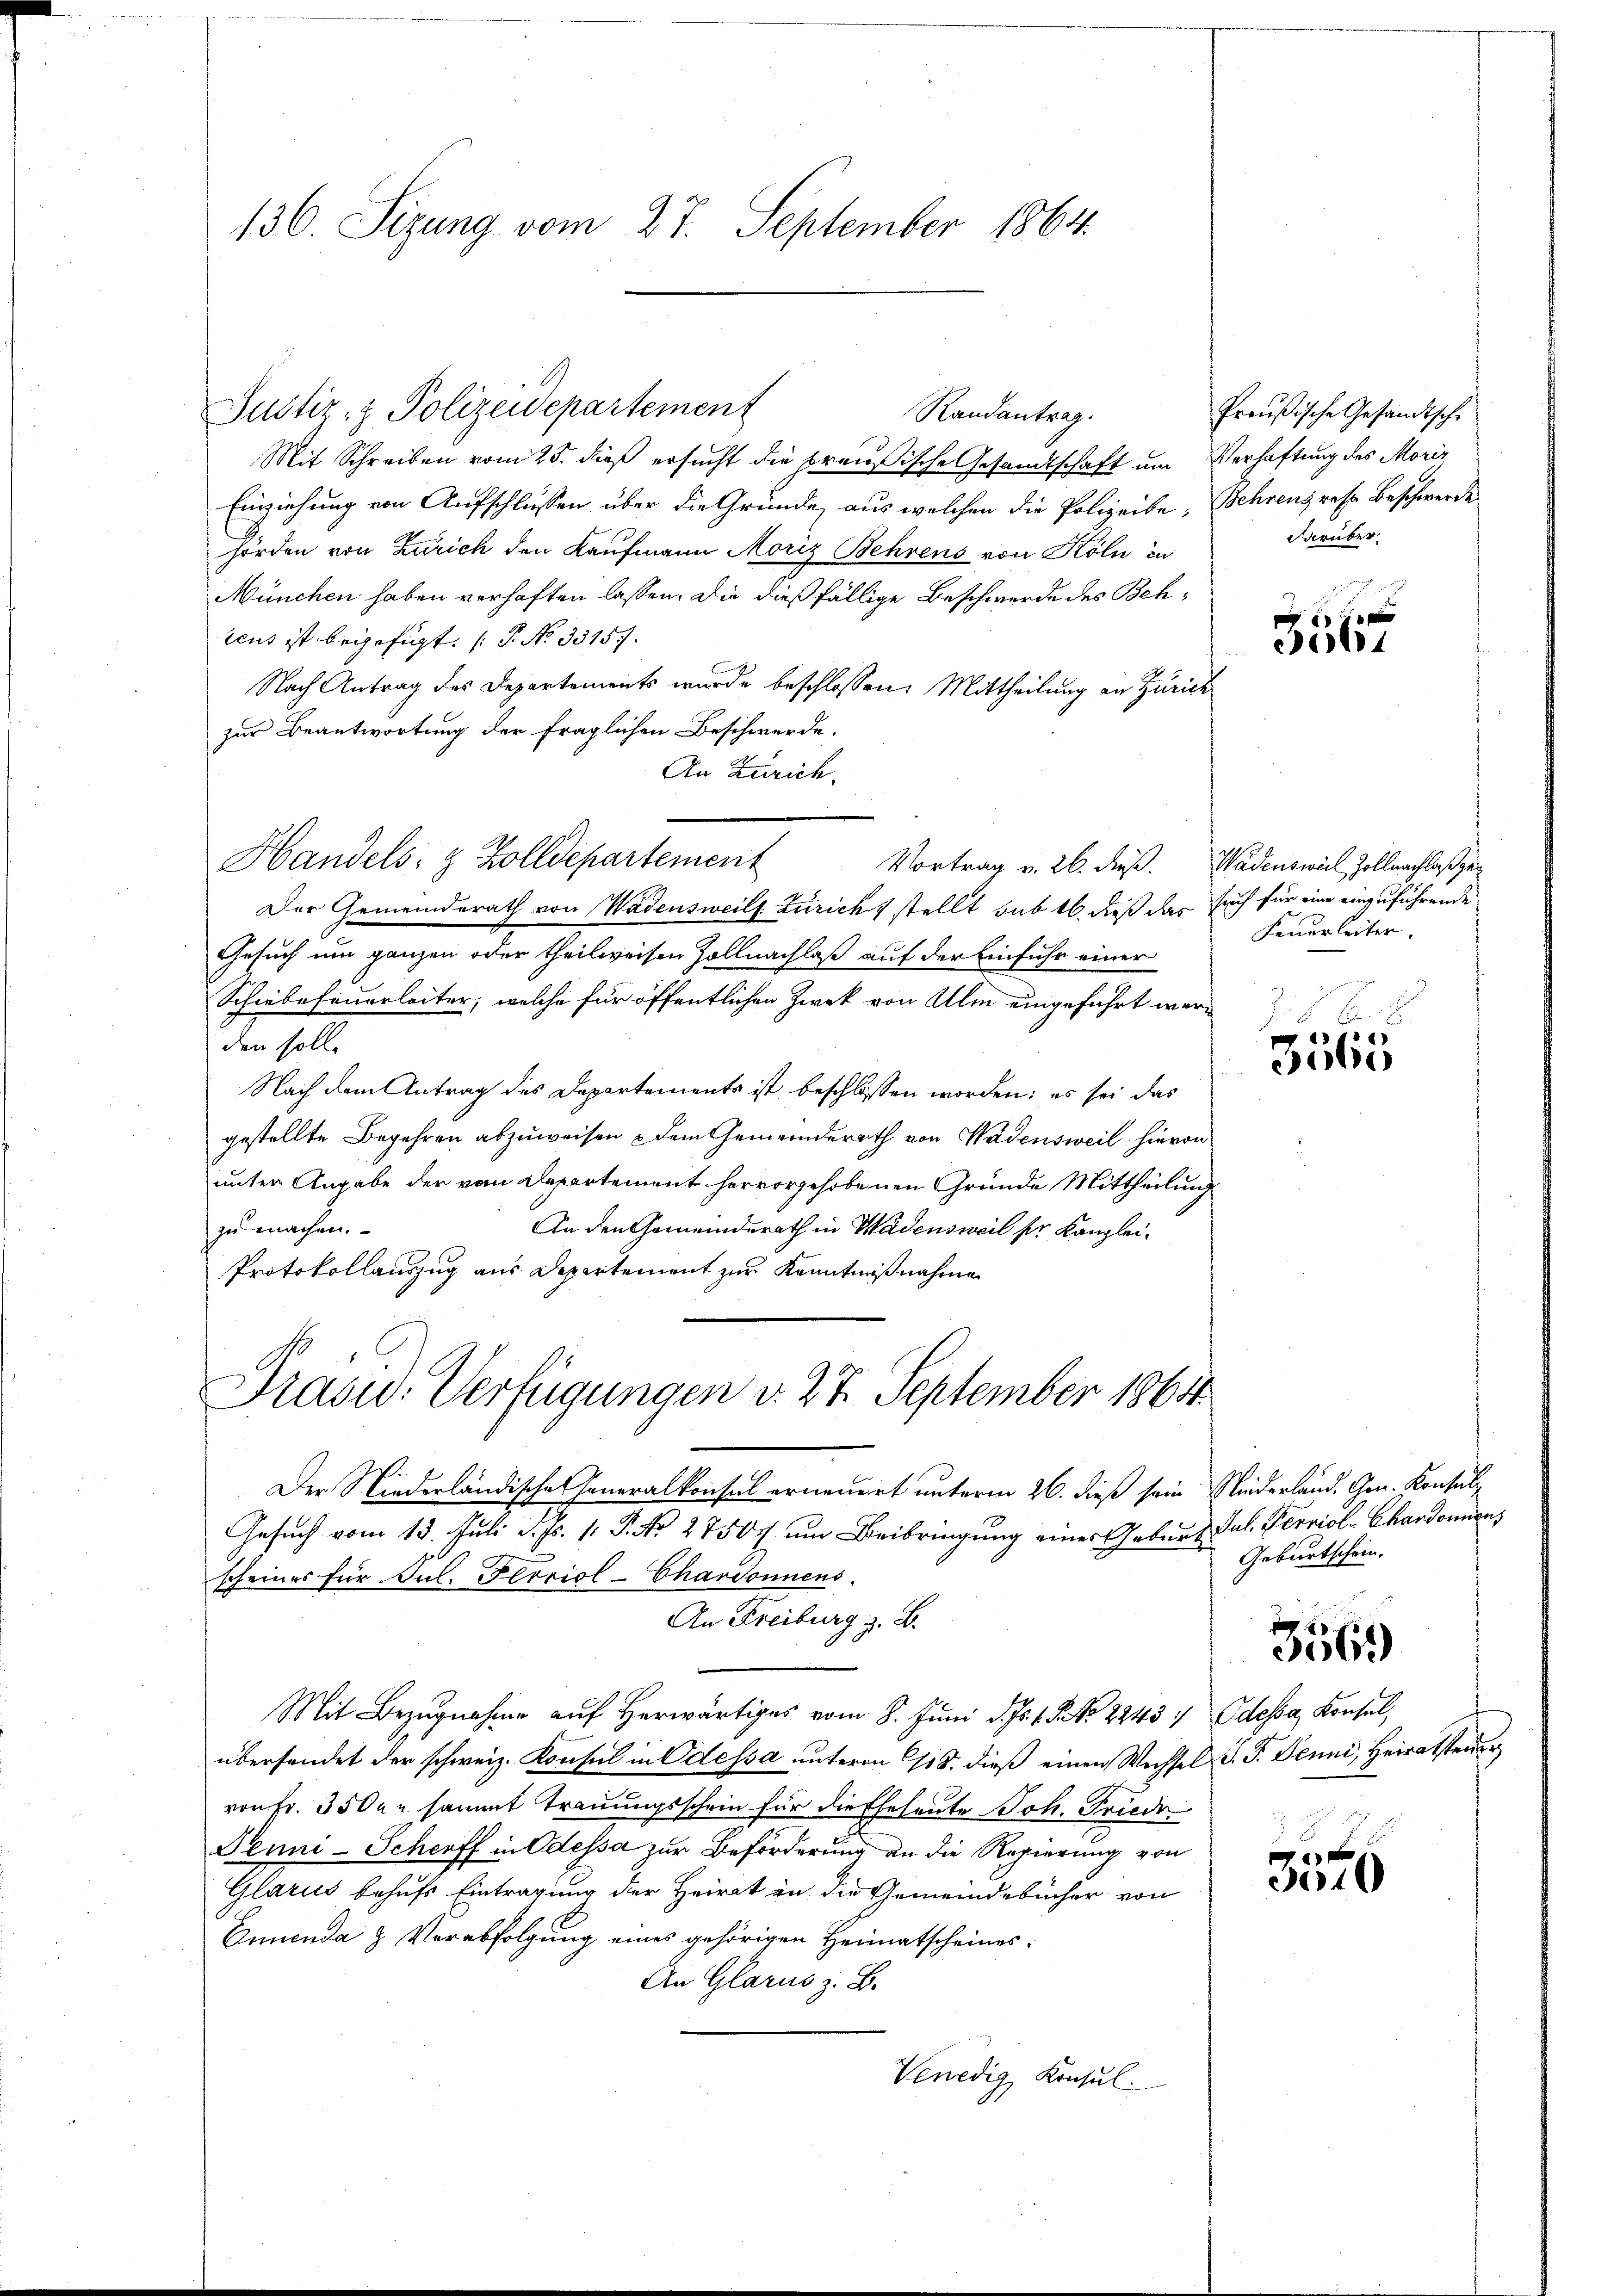
136. Sizung vom 27. September 1864.

Justiz- & Polizeidepartement
Randantrag.
Mit Schreiben vom 25. dieß ersucht die preußische Gesandtschaft um Verhaftung des Moriz
Einziehung von Aufschlussen über die Gründe, aus welchen die Polizeibe, Behrens rese Beschwerde
hörden von Zürich den Kaufmann Moriz Behrens von Köln in
München haben verhaften lassen. Die dießfällige Beschwerde des Behteus ist beigefügt: (P No 3315.
Nach Antrag des Departements wurde beschlossen: Mittheilung an Zürich
zur Beantwortung der fraglichen Beschwerde.
An Zürich.
Handels- & Zolldepartement Vortrag v. 26. dieß. Wädensweil Zoll nachlasser
Der Gemeinderath von Wadensweils Züricht stellt sub 16. dieß das such für eine einzuführende
Gesuch um ganzen oder theilweisen Zollnachlaß auf der Einfuhr einer
Schiebefeuerleiter, welche für öffentlichen Zwek von Alm eingeführt werden soll.
Nach dem Antrag des Departements ist beschlossen worden; es sei das
gestellte Begehren abzuweisen & dem Gemeinderath von Wädensweil hievon
unter Angabe der vom Departement hervorgehobenen Gründe Mittheilung
zu machen.
An den Gemeinderath in Wädensweil pr Kanzlei¬
Protokollauszug aus Departement zur Kenntnißnahme
Präsid. Verfügungen d. 27. September 1864.
Der Niederländische Generalkonsul erneuert unterm 26. dieß sein Niederland. Gen. Konsul¬
Gesuch vom 13. Juli d. Js. 1. P. Nr. 2750 um Beibringung eines Geburg Jul. Verriol-Chardonnen,
scheines für Jul. Ferriol-Chardonnens.
An Freiburg z. B.
Mit Bezugnahme auf Herwärtiges vom 8. Juni d. Js. 15. No 22434 Odessa, Konsul,
übersendet der schweiz. Konsul in Odessa unterm 18. dieß einen Wechsel S. F. Jenni, Heiratsteuer
von Fr. 3500 r. sammt Trauungsschein für die Eheleute Joh. Friede
Penni-Scheeff in Odessa zur Beförderung an die Regierung von
Glarus behufs Eintragung der Heirat in die Gemeindebücher von
Ennenda & Verabfolgung eines gehörigen Heimatscheines:
An Glarus z. B.
Venedig Konsul

Preußische Gesandtsche
darüber

3567

Feuerleiter.

Zöbi

Geburtschein.

356.

e
3010